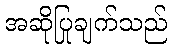
အဆိုပြုချက်သည်